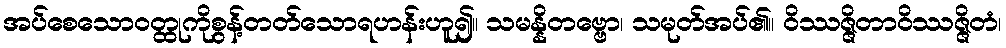
အပ်စေသောဝတ္ထုကိုစွန့်တတ်သောရဟန်းဟူ၍။ သမန္နိတဗ္ဗော၊ သမုတ်အပ်၏။ ဝိဿဇ္ဇိတာဝိဿဇ္ဇိတံ၊